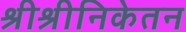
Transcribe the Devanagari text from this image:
श्रीश्रीनिकेतन